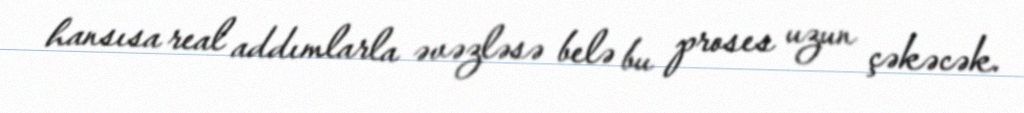
hansısa real addımlarla əvəzləsə belə bu proses uzun çəkəcək.